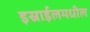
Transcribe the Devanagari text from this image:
इस्राईलमधील